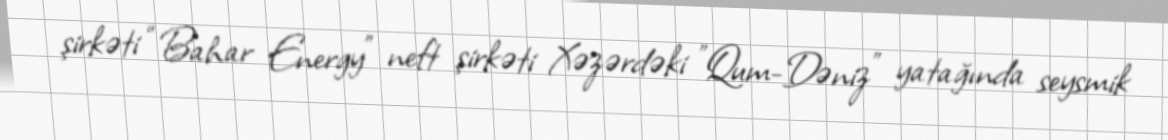
şirkəti “Bahar Energy” neft şirkəti Xəzərdəki "Qum-Dəniz" yatağında seysmik